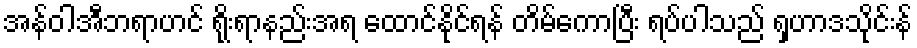
အန်ဝါအီဘရာဟင် ရိုးရာနည်းအရ ထောင်နိုင်ရန် တိမ်ကောပြီး ရပ်ပါသည် ရှဟာဒသိုင်းန်